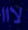
لااا